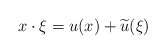
\begin{align*}x \cdot \xi = u(x) + \widetilde u (\xi) \end{align*}